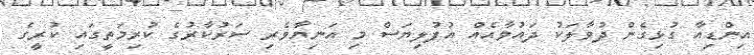
އިންޑިއާ ގުޅިގެން ދުވާލަކު ދައުވާއެއް އުފުލިޔަސް މި އަނިޔާވެރި ސަރުކާރުގެ ކުރިމަތީގައި ކުރީގެ